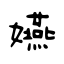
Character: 嬿